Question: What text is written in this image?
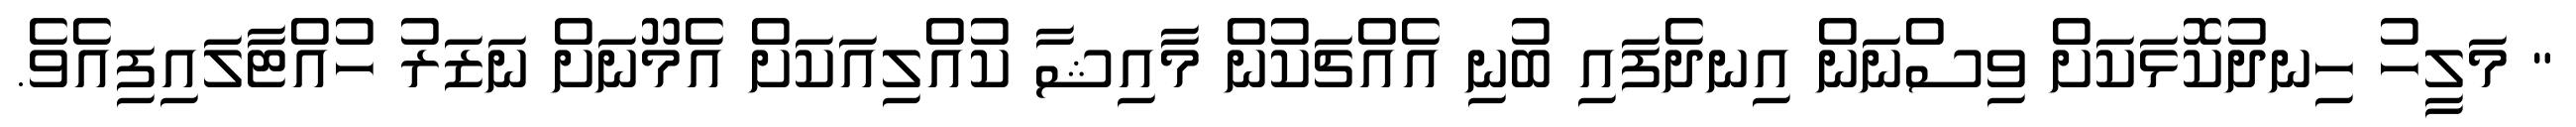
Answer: " މަލީހު ހިނދުކޮޅަކަށް ވިސްނަން އިނދެފައި ބުނި އެއްޗަކުން މާއިޝާ ކުއްލިއަކަށް އެމޫނަށް ނަޒަރު ހުއްޓާލައިފިއެވެ.